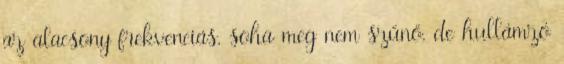
az alacsony frekvenciás, soha meg nem szűnő, de hullámzó